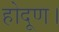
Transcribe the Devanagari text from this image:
होदूण।